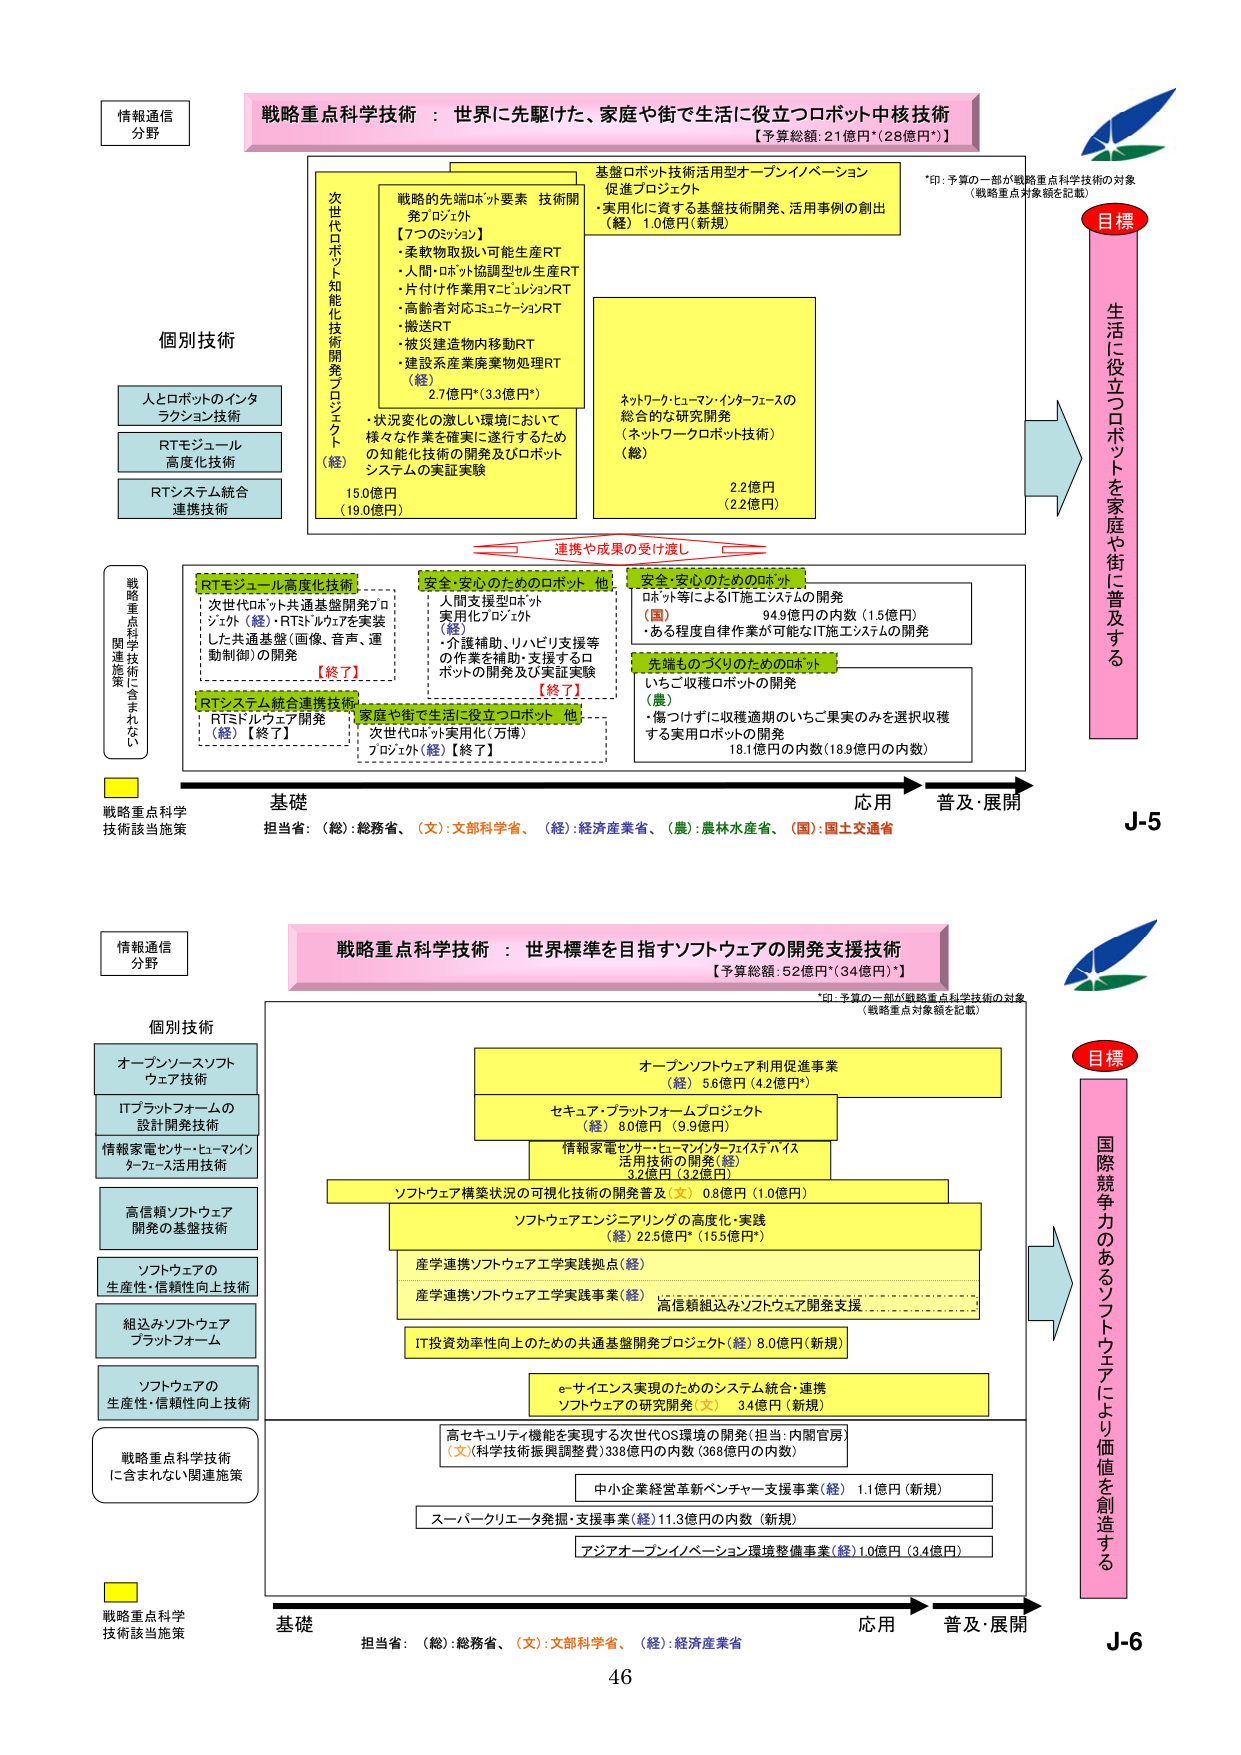
情報通信
分野

戦略重点科学技術 ： 世界に先駆けた、家庭や街で生活に役立つロボット中核技術
【予算総額：21億円*（28億円*）】

*印：予算の一部が戦略重点科学技術の対象
（戦略重点対象額を記載）

目標
生活に役立つロボットを家庭や街に普及する

個別技術
人とロボットのインタラクション技術
RTモジュール高度化技術
RTシステム統合連携技術

次世代ロボット知能化技術開発プロジェクト
（経）
15.0億円
（19.0億円）

戦略的先端ロボット要素技術開発プロジェクト
【7つのミッション】
・柔軟物取扱い可能生産RT
・人間・ロボット協調型セル生産RT
・片付け作業用マニピュレータRT
・高齢者対応コミュニケーションRT
・搬送RT
・被災建造物内移動RT
・建設系産業廃棄物処理RT
（経）
2.7億円*（3.3億円*）

・状況変化の激しい環境において
様々な作業を確実に遂行するため
の知能化技術の開発及びロボット
システムの実証実験

基盤ロボット技術活用型オープンイノベーション
促進プロジェクト
・実用化に資する基盤技術開発、活用事例の創出
（経）1.0億円（新規）

ネットワークヒューマン・インターフェースの
総合的な研究開発
（ネットワークロボット技術）
（経）
2.2億円
（2.2億円）

連携や成果の受け渡し

戦略重点科学技術関連施策に含まれない

RTモジュール高度化技術
・次世代ロボット共通基盤開発プロジェクト（経）・RTストルクアを実装した共通基盤（回転、音声、運動制御）の開発
【終了】

RTシステム統合連携技術
・RTミドルウェア開発
（経）【終了】

安全・安心のためのロボット 他
・人間支援型ロボット
実用化プロジェクト
（経）
・介護補助、リハビリ支援等
の作業を補助・支援するロボットの開発及び実証実験
【終了】

安全・安心のためのロボット
ロボット等によるIT施工システムの開発
（国）
94.9億円の内数（1.5億円）
・ある程度自律作業が可能なIT施工システムの開発

先端ものづくりのためのロボット
いちご収穫ロボットの開発
（農）
・傷つけずに収穫適期のいちご果実のみを選択収穫する実用技術の開発
18.1億円の内数（18.9億円の内数）

家庭や街で生活に役立つロボット 他
・次世代ロボット実用化（万博）
プロジェクト（経）【終了】

戦略重点科学技術該当施策
基礎
担当省：（総）：総務省、（文）：文部科学省、（経）：経済産業省、（農）：農林水産省、（国）：国土交通省
応用
普及・展開
J-5

情報通信
分野

戦略重点科学技術 ： 世界標準を目指すソフトウェアの開発支援技術
【予算総額：52億円*（34億円*）】

*印：予算の一部が戦略重点科学技術の対象
（戦略重点対象額を記載）

目標
国際競争力のあるソフトウェアにより価値を創造する

個別技術
オープンソースソフトウェア技術
ITプラットフォームの設計開発技術
情報家電センサ・ヒューマンインターフェース活用技術
高信頼ソフトウェア開発の基盤技術
ソフトウェアの生産性・信頼性向上技術
組込みソフトウェアプラットフォーム
ソフトウェアの生産性・信頼性向上技術
戦略重点科学技術に含まれない関連施策

オープンソフトウェア利用促進事業
（経）5.6億円（4.2億円*）

セキュア・プラットフォームプロジェクト
（経）8.0億円（9.9億円）

情報家電センサ・ヒューマンインターフェース活用技術の開発（経）
3.2億円（3.2億円）

ソフトウェア構築状況の可視化技術の開発普及（文）0.8億円（1.0億円）

ソフトウェアエンジニアリングの高度化・実践
（経）22.5億円*（15.5億円*）

産学連携ソフトウェア工学実践拠点（経）

産学連携ソフトウェア工学実践事業（経）
高信頼組込みソフトウェア開発支援

IT投資効率性向上のための共通基盤開発プロジェクト（経）8.0億円（新規）

e-サイエンス実現のためのシステム統合・連携ソフトウェアの研究開発（文）3.4億円（新規）

高セキュリティ機能を実現する次世代OS環境の開発（担当：内閣官房）
（文）（科学技術振興調整費）338億円の内数（368億円の内数）

中小企業経営革新ベンチャー支援事業（経）1.1億円（新規）

スーパークリエータ発掘・支援事業（経）11.3億円の内数（新規）

アジアオープンイノベーション環境整備事業（経）1.0億円（3.4億円）

戦略重点科学技術該当施策
基礎
担当省：（総）：総務省、（文）：文部科学省、（経）：経済産業省
応用
普及・展開
J-6

46